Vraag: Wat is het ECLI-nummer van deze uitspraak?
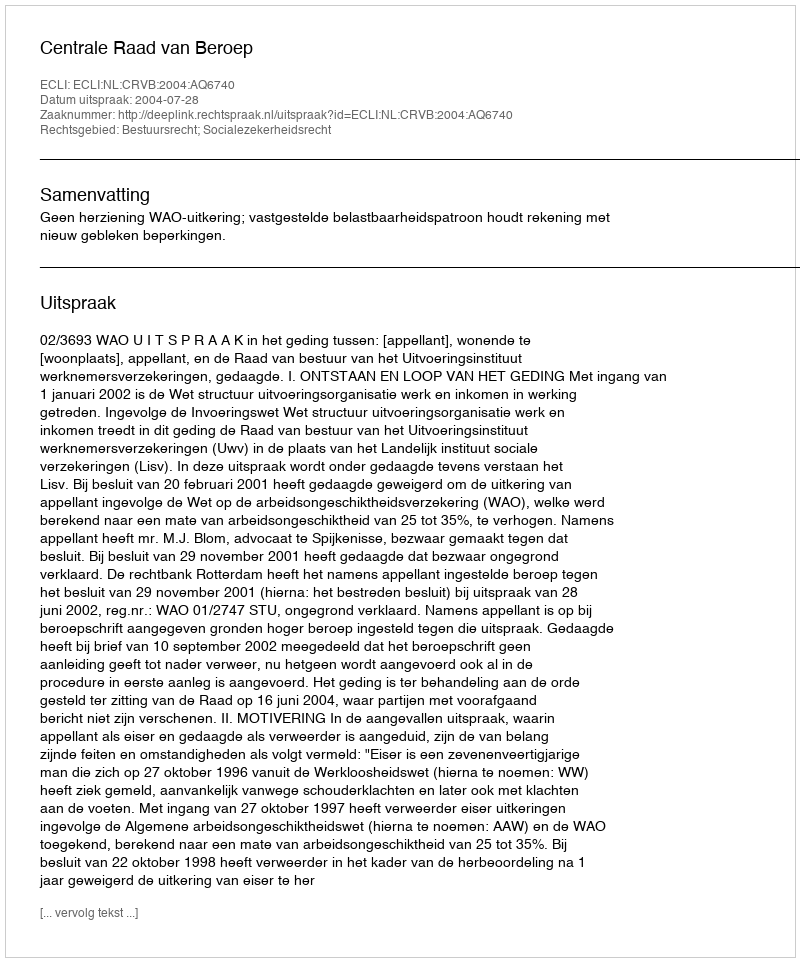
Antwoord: ECLI:NL:CRVB:2004:AQ6740